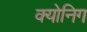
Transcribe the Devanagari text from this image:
क्योनिग